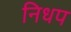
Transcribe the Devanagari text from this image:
निधप